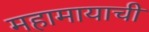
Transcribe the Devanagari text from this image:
महामायाची